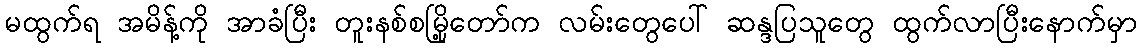
မထွက်ရ အမိန့်ကို အာခံပြီး တူးနစ်စမြို့တော်က လမ်းတွေပေါ် ဆန္ဒပြသူတွေ ထွက်လာပြီးနောက်မှာ